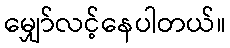
မျှော်လင့်နေပါတယ်။